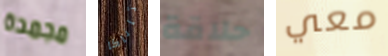
مجمدة تاناكا حلاقة معي